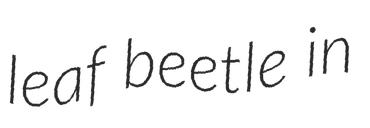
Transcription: leaf beetle in